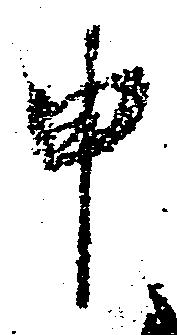
申